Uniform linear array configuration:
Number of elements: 8
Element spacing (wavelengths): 0.25
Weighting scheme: hann
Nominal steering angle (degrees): -30
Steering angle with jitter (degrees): -28.349
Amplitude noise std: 0.05
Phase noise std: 0.05

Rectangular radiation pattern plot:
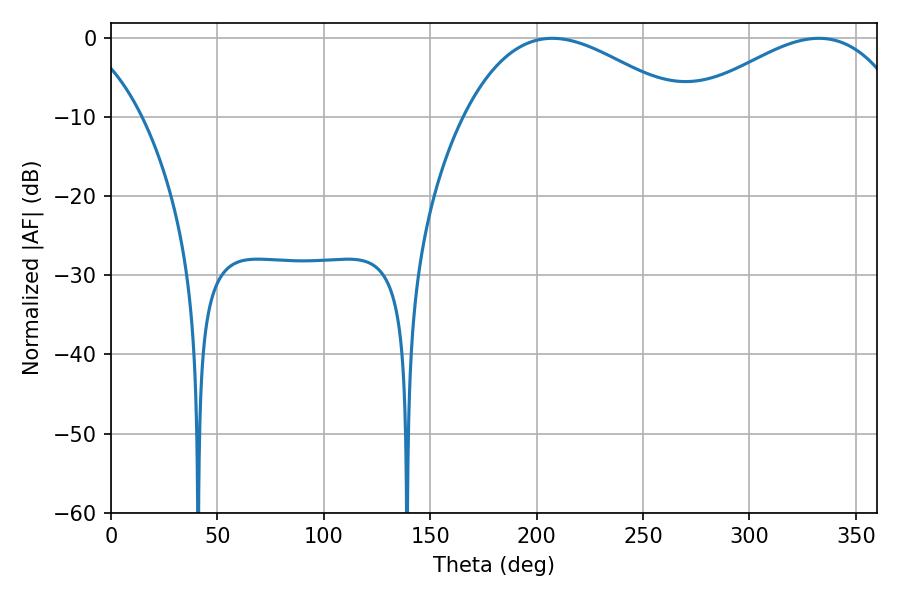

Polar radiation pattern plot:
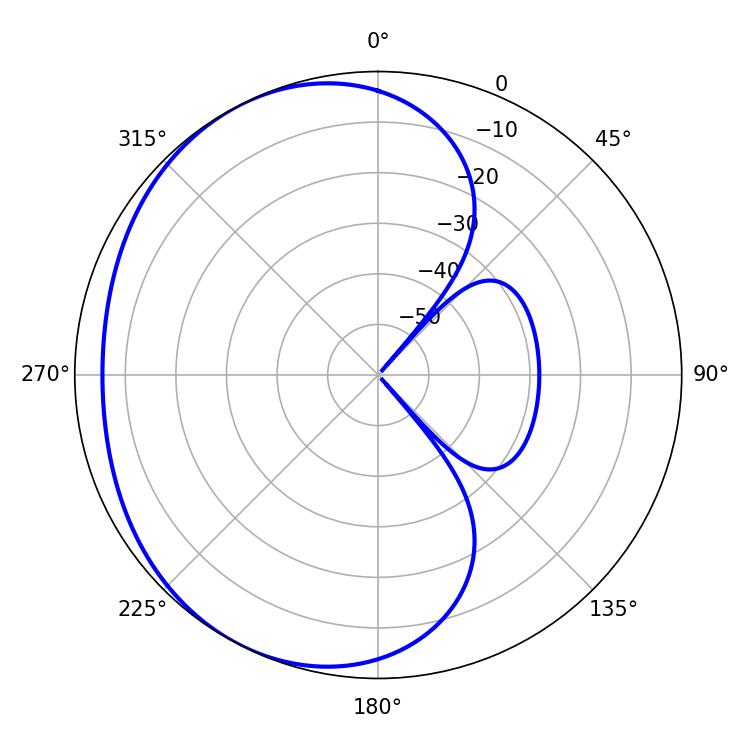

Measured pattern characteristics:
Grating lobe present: FALSE
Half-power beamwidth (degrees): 57.24
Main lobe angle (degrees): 207.36